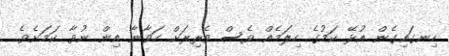
ހިނގައިގެން އުޅޭ ކަމުގެ ހިލަމެއް ވެސް ވެރިރަށް ހަވާނާ އިން ނުވާ ކަމަށެވެ.